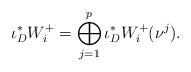
LaTeX: \begin{align*}\iota_{D}^{*}W^{+}_{i}=\bigoplus_{j=1}^{p} \iota_{D}^{*}W^{+}_{i}(\nu^{j}).\end{align*}